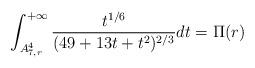
LaTeX: \begin{align*}\int^{+\infty}_{A_{7,r}^4}\frac{t^{1/6}}{(49+13t+t^2)^{2/3}}dt=\Pi(r)\end{align*}